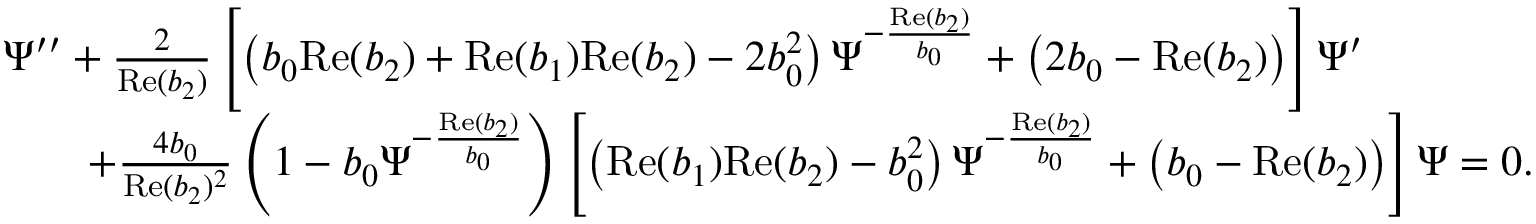
\begin{array} { r l } & { \Psi ^ { \prime \prime } + \frac { 2 } { \mathrm { R e } ( b _ { 2 } ) } \left[ \left( b _ { 0 } \mathrm { R e } ( b _ { 2 } ) + \mathrm { R e } ( b _ { 1 } ) \mathrm { R e } ( b _ { 2 } ) - 2 b _ { 0 } ^ { 2 } \right) \Psi ^ { - \frac { \mathrm { R e } ( b _ { 2 } ) } { b _ { 0 } } } + \left( 2 b _ { 0 } - \mathrm { R e } ( b _ { 2 } ) \right) \right] \Psi ^ { \prime } } \\ & { \qquad + \frac { 4 b _ { 0 } } { \mathrm { R e } ( b _ { 2 } ) ^ { 2 } } \left( 1 - b _ { 0 } \Psi ^ { - \frac { \mathrm { R e } ( b _ { 2 } ) } { b _ { 0 } } } \right) \left[ \left( \mathrm { R e } ( b _ { 1 } ) \mathrm { R e } ( b _ { 2 } ) - b _ { 0 } ^ { 2 } \right) \Psi ^ { - \frac { \mathrm { R e } ( b _ { 2 } ) } { b _ { 0 } } } + \left( b _ { 0 } - \mathrm { R e } ( b _ { 2 } ) \right) \right] \Psi = 0 . } \end{array}